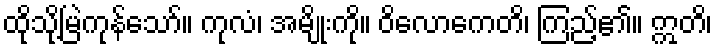
ထိုသို့မြဲကုန်သော်။ ကုလံ၊ အမျိုးကို။ ဝိလောကေတိ၊ ကြည့်၏။ ဣတိ၊